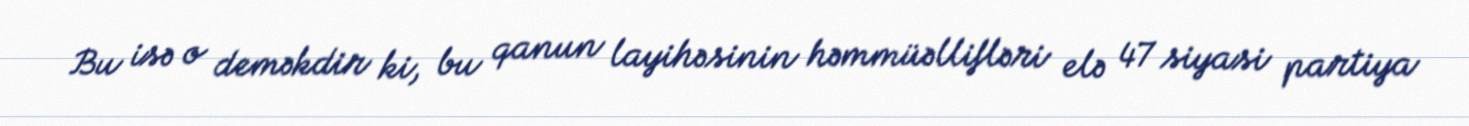
Bu isə o deməkdir ki, bu qanun layihəsinin həmmüəllifləri elə 47 siyasi partiya